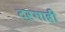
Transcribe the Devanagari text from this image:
दरगाही